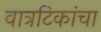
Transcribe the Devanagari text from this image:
वात्रटिकांचा